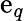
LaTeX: \mathrm{e}_{q}